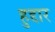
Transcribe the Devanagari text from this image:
हुद्दार